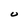
Character: U